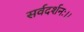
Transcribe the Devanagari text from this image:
सर्वदर्शनः।।